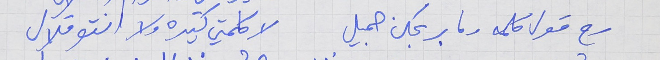
رح قول كلمه وما بربحكن جميل     لا كلمتي كتيره ولا انتو قلال